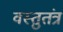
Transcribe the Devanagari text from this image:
वस्तुतंत्र